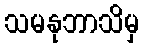
သမနုဘာသိမှ